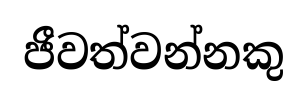
ජීවත්වන්නකු